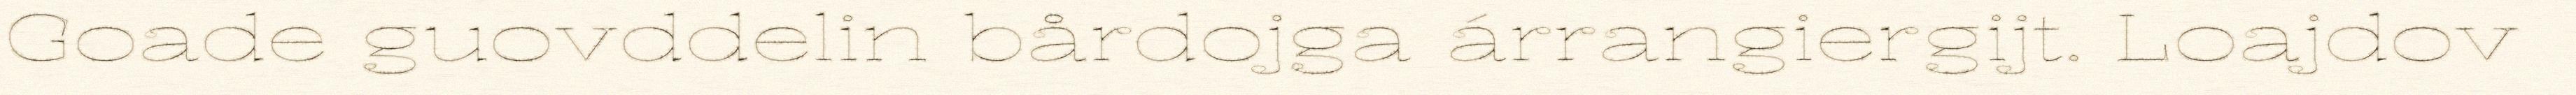
Goade guovddelin bårdojga árrangiergijt. Loajdov